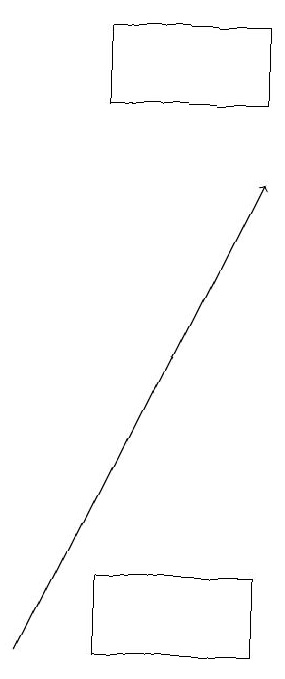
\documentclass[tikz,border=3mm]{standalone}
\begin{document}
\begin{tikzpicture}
\draw[->] (0,10) -- (3,16);
\draw (3,17) rectangle (1,18);
\draw (1,10) rectangle (3,11);
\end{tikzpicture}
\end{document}